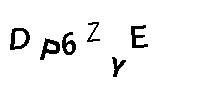
DP6ZYE